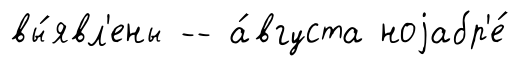
вы́явл'ены -- а́вгуста ноjабр'е́